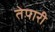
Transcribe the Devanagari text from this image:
तेपारी